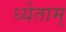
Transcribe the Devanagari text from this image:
ध्येताम्